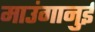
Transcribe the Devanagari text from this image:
माउंगानुई